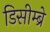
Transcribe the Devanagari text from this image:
डिसीम्ब्रे